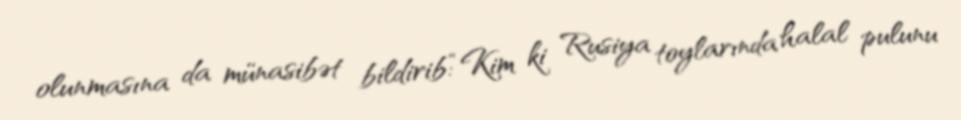
olunmasına da münasibət bildirib:“Kim ki Rusiya toylarında halal pulunu